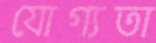
যোগ্যতা